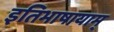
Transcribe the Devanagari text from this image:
इतिभाषायाम्‌